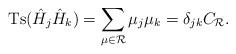
LaTeX: \begin{align*}\mbox{Ts}(\hat{H}_j\hat{H}_k)=\sum_{\mu\in{\cal R}}\mu_j\mu_k=\delta_{jk}C_{\cal R}.\end{align*}